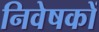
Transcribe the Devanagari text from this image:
निवेषकों